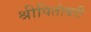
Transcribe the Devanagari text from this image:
श्रीपितांबरी